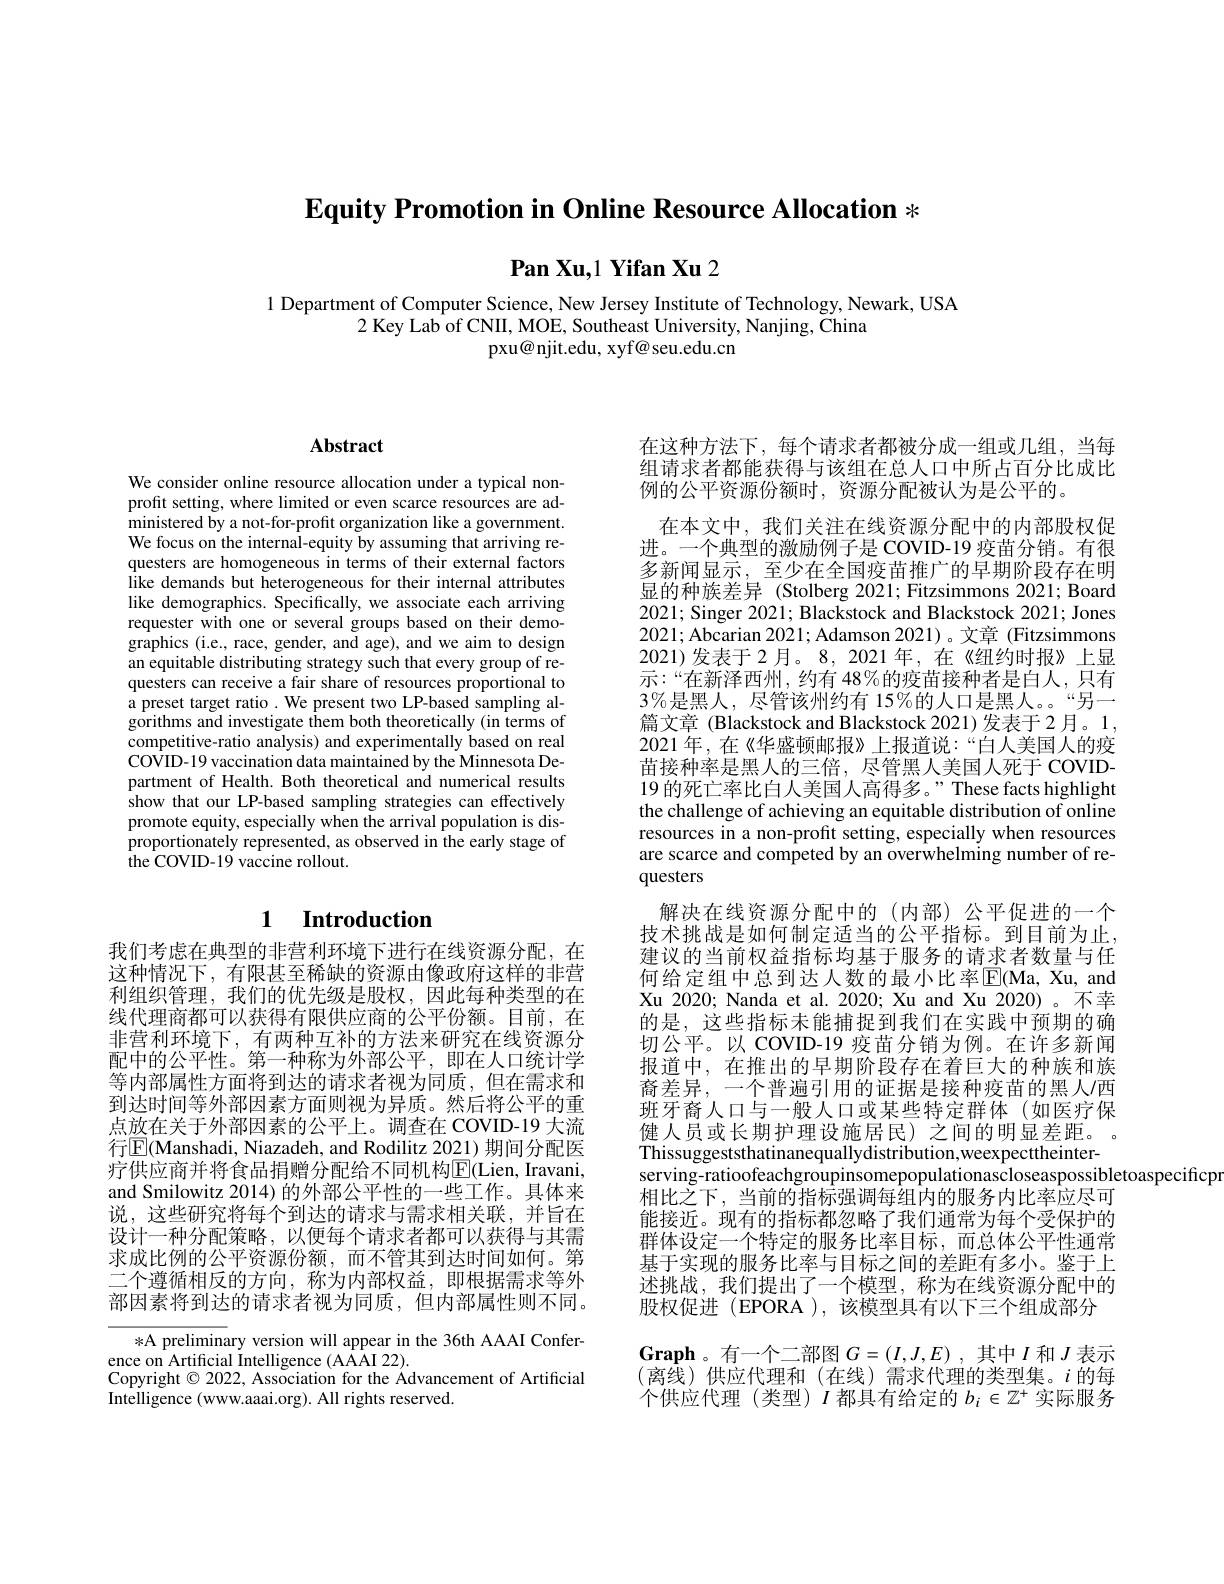
$\textbf{Equity Promotion in Online Resource Allocation}*$

$\textbf{Pan Xu, 1 Yifan Xu 2}$

1 Department of Computer Science, New Jersey Institute of Technology, Newark, USA
2 Key Lab of CNII, MOE, Southeast University, Nanjing, China
pxu@njit.edu, xyf@ seu.edu.cn

# Abstract

We consider online resource allocation under a typical nonprofit setting, where limited or even scarce resources are administered by a not-for-profit organization like a government. We focus on the internal-equity by assuming that arriving requesters are homogeneous in terms of their external factors like demands but heterogeneous for their internal attributes like demographics. Specifically, we associate each arriving requester with one or several groups based on their demographics (i.e., race, gender, and age), and we aim to design an equitable distributing strategy such that every group of requesters can receive a fair share of resources proportional to a preset target ratio. We present two LP-based sampling algorithms and investigate them both theoretically (in terms of competitive-ratio analysis) and experimentally based on real $\dot{\text{COVID-19 vaccination data maintained by the Minnesota De-}}$ partment of Health. Both theoretical and numerical results show that our LP-based sampling strategies can effectively promote equity, especially when the arrival population is disproportionately represented, as observed in the early stage of the COVID-19 vaccine rollout.

## 1 $\textbf{Introduction}$

我们考虑在典型的非营利环境下进行在线资源分配，在这种情况下，有限甚至稀缺的资源由像政府这样的非营利组织管理，我们的优先级是股权，因此每种类型的***商都可以获得有限供应商的公平份额。目前，在非营利环境下，有两种互补的方法来研究在线资源分配中的公平性。第一种称为外部公平，即在人口统计学等内部属性方面将到达的请求者视为同质，但在需求和到达时间等外部因素方面则视为异质。然后将公平的重点放在关于外部因素的公平上。调查在 COVID-19 大流行$\boxed{\mathrm{E}}($Manshadi, Niazadeh, and Rodilitz 2021) 期间分配医疗供应商并将食品捐赠分配给不同机构$\overline{\mathrm{F}}($Lien, Iravani, and Smilowitz 2014) 的外部公平性的一些工作。具体来说，这些研究将每个到达的请求与需求相关联，并旨在设计一种分配策略，以便每个请求者都可以获得与其需求成比例的公平资源份额，而不管其到达时间如何。第二个遵循相反的方向，称为内部权益，即根据需求等外部因素将到达的请求者视为同质，但内部属性则不同。

*A preliminary version will appear in the 36th AAAI Confer-
ence on Artificial Intelligence (AAAI 22).
Copyright $\odot$ 2022, Association for the Ádvancement of Artificial
Intelligence (www.aaai.org). All rights reserved.

在这种方法下，每个请求者都被分成一组或几组，当每组请求者都能获得与该组在总人口中所占百分比成比例的公平资源份额时，资源分配被认为是公平的。

在本文中，我们关注在线资源分配中的内部股权促进。一个典型的激励例子是 COVID-19 疫苗分销。有很多新闻显示，至少在全国疫苗推广的早期阶段存在明显的种族差异 (Stolberg 2021; Fitzsimmons 2021; Board 2021; Singer 2021; Blackstock and Blackstock 2021; Jones 2021;Abcarian 2021; Adamson 2021)。文章 (Fitzsimmons 2021)发表于2月。8,2021年，在《纽约时报》上显示：“在新泽西州，约有 48%的疫苗接种者是白人，只有$3\%$是黑人，尽管该州约有 15%的人口是黑人。“另一篇文章 (Blackstock and Blackstock 2021)发表于 2月。1, 2021 年，在《华盛顿邮报》上报道说：“白人美国人的疫苗接种率是黑人的三倍，尽管黑人美国人死于 COVID- 19 的死亡率比白人美国人高得多。”These facts highlight the challenge of achieving an equitable distribution of online resources in a non-proft setting, especially when resources are scarce and competed by an overwhelming number of requesters
解决在线资源分配中的(内部)公平促进的一个技术挑战是如何制定适当的公平指标。到目前为止， 建议的当前权益指标均基于服务的请求者数量与任何给定组中总到达人数的最小比率$\overline {\mathrm{E} }( \mathbf{Ma, Xu, and}$ Xu 2020; Nanda et al. 2020; Xu and Xu 2020)。不幸的是，这些指标未能捕捉到我们在实践中预期的确切公平。以 COVID-19 疫苗分销为例。在许多新闻报道中，在推出的早期阶段存在着巨大的种族和族裔差异，一个普遍引用的证据是接种疫苗的黑人/西班牙裔人口与一般人口或某些特定群体(如医疗保健人员或长期护理设施居民)之间的明显差距。Thissuggeststhatinanequallydistribution,weexpecttheinterserving-ratioofeachgroupinsomepopulationascloseaspossibletoaspecificpr
相比之下，当前的指标强调每组内的服务内比率应尽可能接近。现有的指标都忽略了我们通常为每个受保护的群体设定一个特定的服务比率目标，而总体公平性通常基于实现的服务比率与目标之间的差距有多小。鉴于上述挑战，我们提出了一个模型，称为在线资源分配中的股权促进 (EPORA ),该模型具有以下三个组成部分
$\mathbf{Graph}$。有一个二部图$G=(I,J,E)$ ,其中$I$和$J$表示(离线)供应代理和(在线)需求代理的类型集。$i$ 的每个供应代理(类型)$I$都具有给定的$b_i\in\mathbb{Z}^+$实际服务